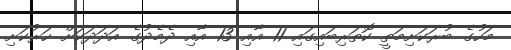
މަހުގެ ބުރަކަށިމަތީ ކޮތަރިބައިގައި 11 އާއި 13 އާއި ދެމެދުގެ އަދަދަކަށް ހަރުކަށި